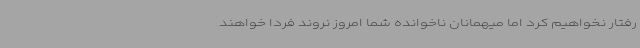
رفتار نخواهیم کرد اما میهمانان ناخوانده شما امروز نروند فردا خواهند